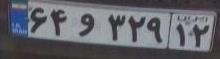
۶۴و۳۲۹۱۲